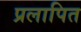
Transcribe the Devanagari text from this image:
प्रलापित